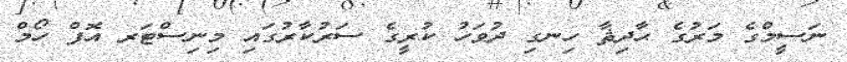
ނަސީމްގެ މަރުގެ ޙާދިޘާ ހިނގި ދުވަހު ކުރީގެ ސަރުކާރުގައި މިނިސްޓަރ އޮފް ހޯމް